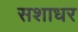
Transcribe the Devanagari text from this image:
सशाधर